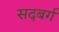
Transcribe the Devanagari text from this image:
सदबर्ग